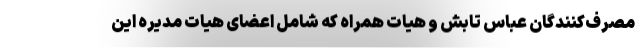
مصرف‌کنندگان عباس تابش و هیات همراه که شامل اعضای هیات مدیره این